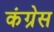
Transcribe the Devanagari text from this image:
कंग्रेस